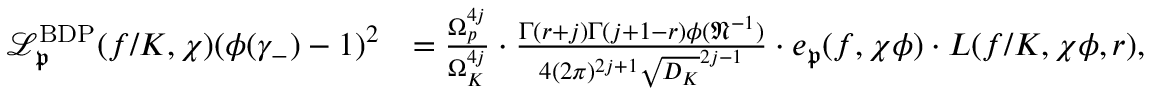
\begin{array} { r l } { \mathscr { L } _ { \mathfrak { p } } ^ { \mathrm { B D P } } ( f / K , \chi ) ( \phi ( \gamma _ { - } ) - 1 ) ^ { 2 } } & { = \frac { \Omega _ { p } ^ { 4 j } } { \Omega _ { K } ^ { 4 j } } \cdot \frac { \Gamma ( r + j ) \Gamma ( j + 1 - r ) \phi ( \mathfrak { N } ^ { - 1 } ) } { 4 ( 2 \pi ) ^ { 2 j + 1 } \sqrt { D _ { K } } ^ { 2 j - 1 } } \cdot e _ { \mathfrak { p } } ( f , \chi \phi ) \cdot L ( f / K , \chi \phi , r ) , } \end{array}